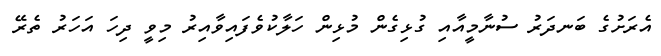
އެރަށުގެ ބަނދަރު ސުނާމީއާއި ގުޅިގެން މުޅިން ހަލާކުވެފައިވާއިރު މިވީ ދިހަ އަހަރު ތެރޭ